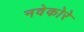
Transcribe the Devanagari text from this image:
नवेकोरे